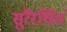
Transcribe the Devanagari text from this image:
सुरैरर्चितं